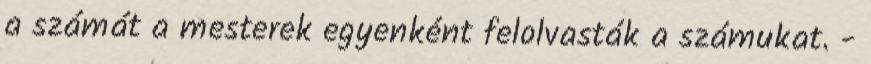
a számát a mesterek egyenként felolvasták a számukat. -